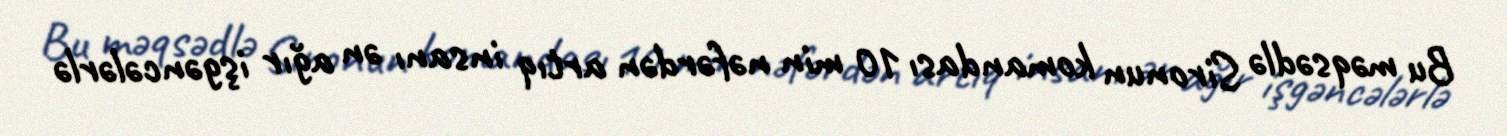
Bu məqsədlə Sironun komandası 10 min nəfərdən artıq insanı ən ağır işgəncələrlə